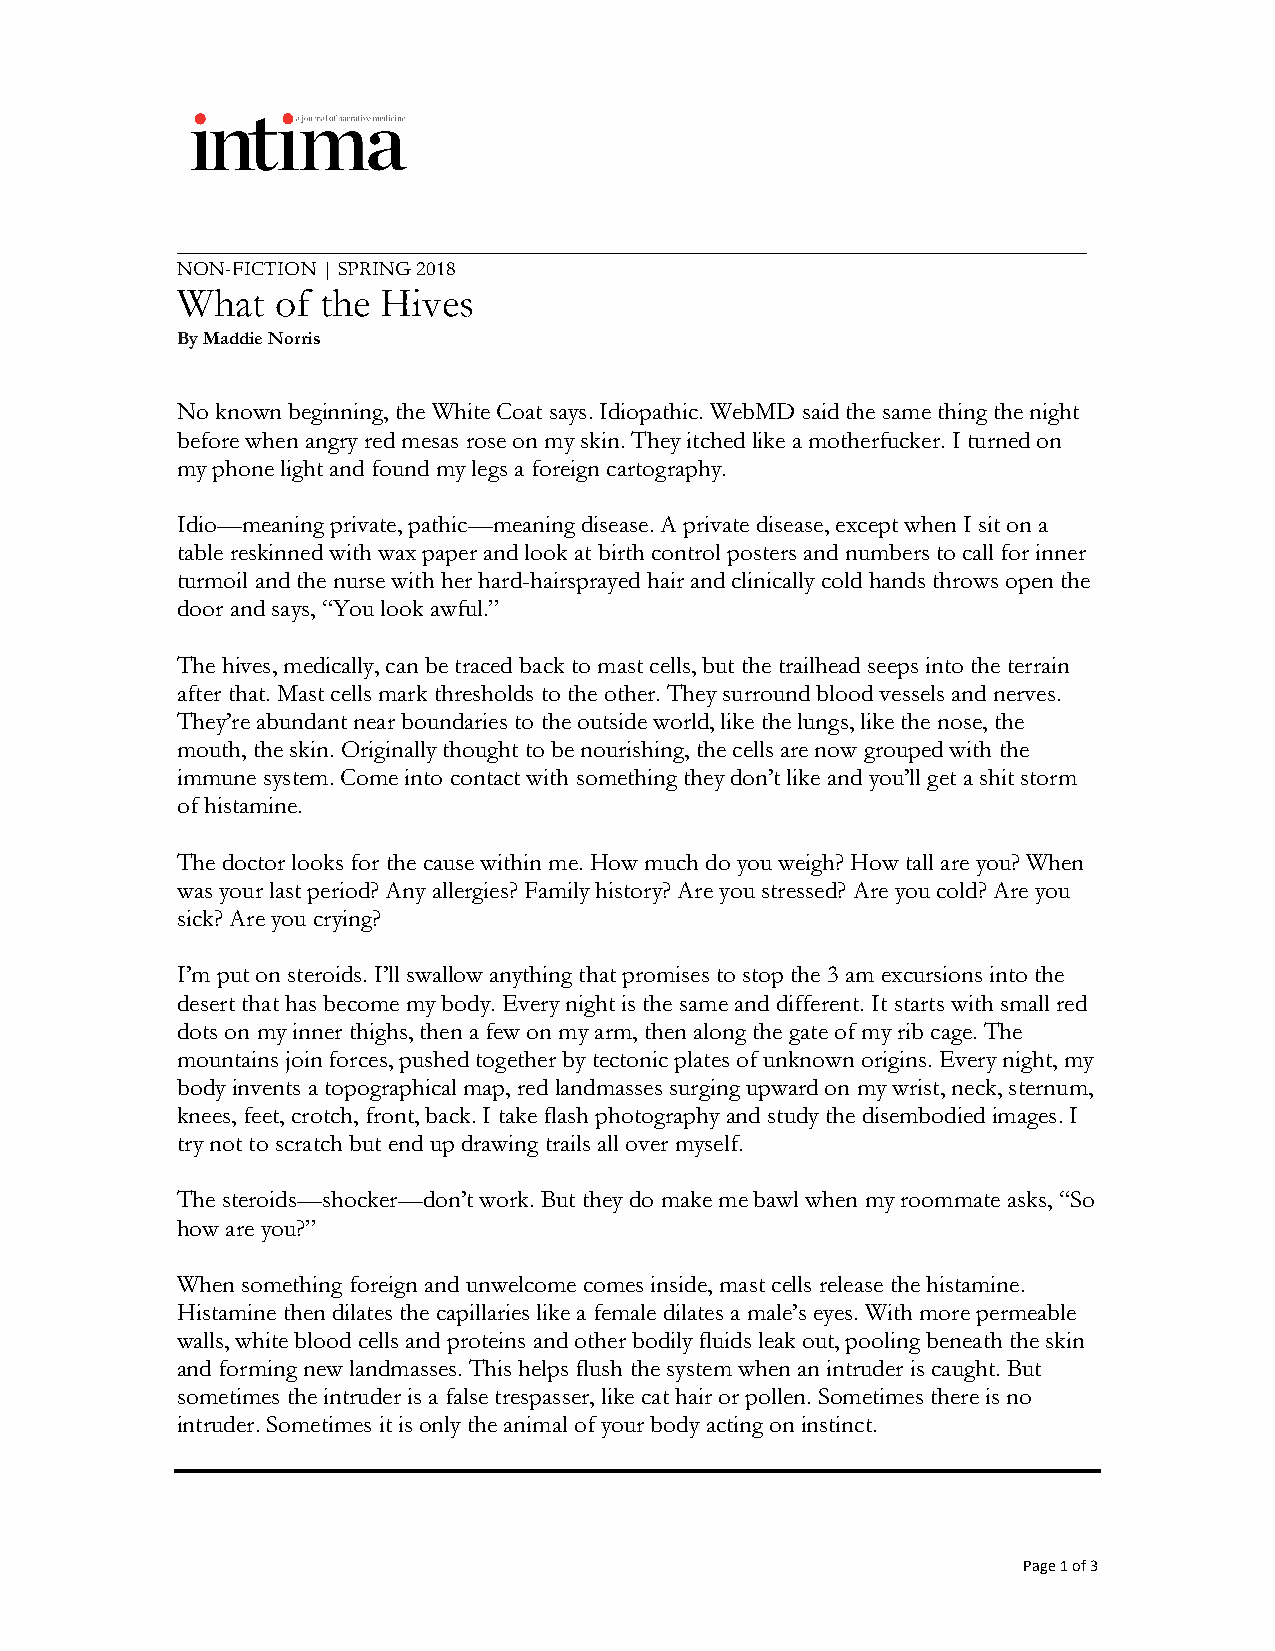
_________________________________________________________________________
 NON-FICTION | SPRING 2018
 What  of the Hives
 By Maddie Norris
 No known beginning, the White Coat says. Idiopathic. WebMD said the same thing the night
 before when angry red mesas rose on my skin. They itched like a motherfucker. I turned on
 my phone light and found my legs a foreign cartography.
 Idio—meaning private, pathic—meaning disease. A private disease, except when I sit on a
 table reskinned with wax paper and look at birth control posters and numbers to call for inner
 turmoil and the nurse with her hard-hairsprayed hair and clinically cold hands throws open the
 door and says, “You look awful.”
 The hives, medically, can be traced back to mast cells, but the trailhead seeps into the terrain
 after that. Mast cells mark thresholds to the other. They surround blood vessels and nerves.
 They’re abundant near boundaries to the outside world, like the lungs, like the nose, the
 mouth, the skin. Originally thought to be nourishing, the cells are now grouped with the
 immune system. Come into contact with something they don’t like and you’ll get a shit storm
 of histamine.
 The doctor looks for the cause within me. How much do you weigh? How tall are you? When
 was your last period? Any allergies? Family history? Are you stressed? Are you cold? Are you
 sick? Are you crying?
 I’m put on steroids. I’ll swallow anything that promises to stop the 3 am excursions into the
 desert that has become my body. Every night is the same and different. It starts with small red
 dots on my inner thighs, then a few on my arm, then along the gate of my rib cage. The
 mountains join forces, pushed together by tectonic plates of unknown origins. Every night, my
 body invents a topographical map, red landmasses surging upward on my wrist, neck, sternum,
 knees, feet, crotch, front, back. I take flash photography and study the disembodied images. I
 try not to scratch but end up drawing trails all over myself.
 The steroids—shocker—don’t work. But they do make me bawl when my roommate asks, “So
 how are you?”
 When something foreign and unwelcome comes inside, mast cells release the histamine.
 Histamine then dilates the capillaries like a female dilates a male’s eyes. With more permeable
 walls, white blood cells and proteins and other bodily fluids leak out, pooling beneath the skin
 and forming new landmasses. This helps flush the system when an intruder is caught. But
 sometimes the intruder is a false trespasser, like cat hair or pollen. Sometimes there is no
 intruder. Sometimes it is only the animal of your body acting on instinct.
 Page 1 of 3